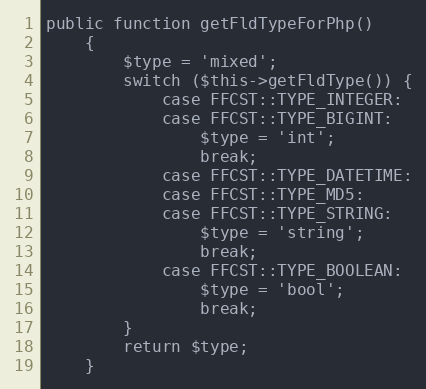
Language: PHP
public function getFldTypeForPhp()
    {
        $type = 'mixed';
        switch ($this->getFldType()) {
            case FFCST::TYPE_INTEGER:
            case FFCST::TYPE_BIGINT:
                $type = 'int';
                break;
            case FFCST::TYPE_DATETIME:
            case FFCST::TYPE_MD5:
            case FFCST::TYPE_STRING:
                $type = 'string';
                break;
            case FFCST::TYPE_BOOLEAN:
                $type = 'bool';
                break;
        }
        return $type;
    }